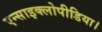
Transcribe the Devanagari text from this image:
एन्साइक्लोपीडिया।